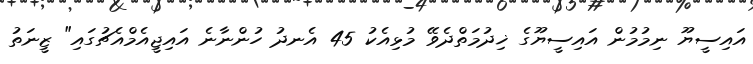
އައިސީޔޫ ނިމުމުން އައިސީޔޫގެ ޚިދުމަތްދެވޭ މުޅިއެކު 45 އެނދު ހުންނާނެ އައިޖީއެމްއެޗުގައި" ޒީނަތު